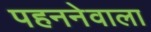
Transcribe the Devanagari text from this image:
पहननेवाला